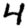
Digit: 4